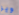
ويز